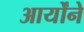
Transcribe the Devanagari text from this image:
आर्योंने